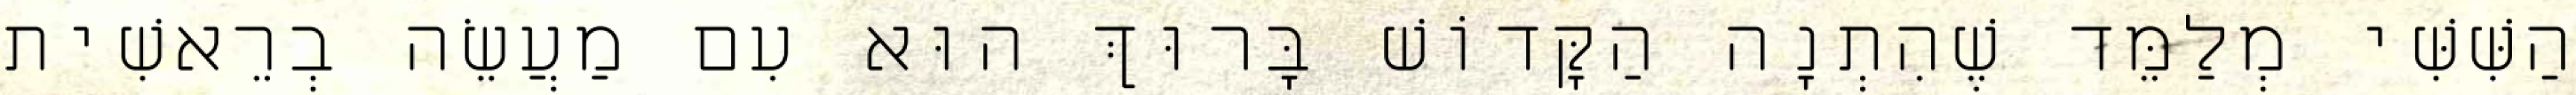
הַשִּׁשִּׁי מְלַמֵּד שֶׁהִתְנָה הַקָּדוֹשׁ בָּרוּךְ הוּא עִם מַעֲשֵׂה בְרֵאשִׁית